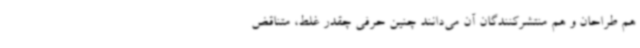
هم طراحان و هم منتشرکنندگان آن می‌دانند چنین حرفی چقدر غلط، متناقض